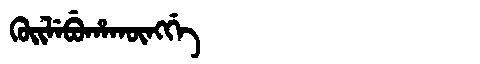
Manchu: ᡴᡠᡳᠯᡝᠪᡠᡥᠠᡴᡡᠩᡤᡝ
Romanization: KUILEBUHAKŪNGGE